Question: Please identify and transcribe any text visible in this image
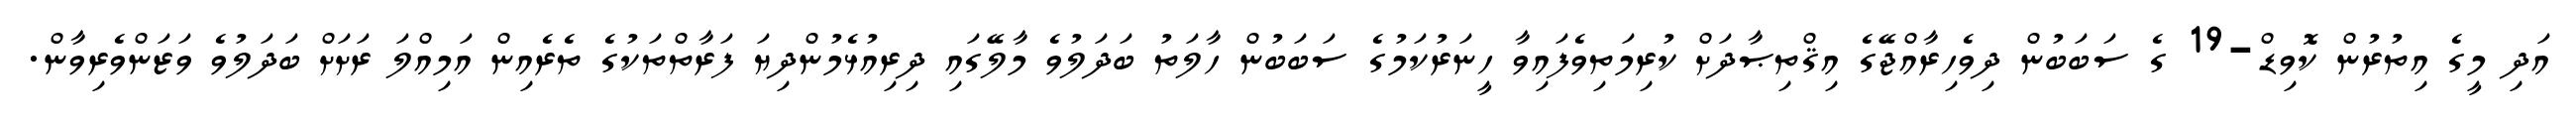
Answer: އަދި މީގެ އިތުރުން ކޮވިޑް-19 ގެ ސަބަބުން ދިވެހިރާއްޖޭގެ އިޤްތިޞާދަށް ކުރިމަތިވެފައިވާ ހީނަރުކަމުގެ ސަބަބުން ހާލަތު ބަދަލުވެ މާލޭގައި ދިރިއުޅެމުންދިޔަ ފަރާތްތަކުގެ ތެރެއިން އަމިއްލަ ރަށަށް ބަދަލުވެ ވަޒަންވެރިވާން.